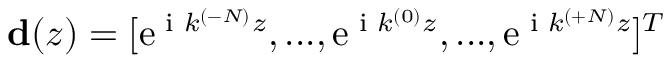
\mathbf { d } ( z ) = [ \mathrm { e } ^ { \textrm { i } k ^ { ( - N ) } z } , . . . , \mathrm { e } ^ { \textrm { i } k ^ { ( 0 ) } z } , . . . , \mathrm { e } ^ { \textrm { i } k ^ { ( + N ) } z } ] ^ { T }